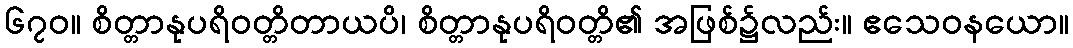
၆၇၀။ စိတ္တာနုပရိဝတ္တိတာယပိ၊ စိတ္တာနုပရိဝတ္တိ၏ အဖြစ်၌လည်း။ ဧသေဝနယော။